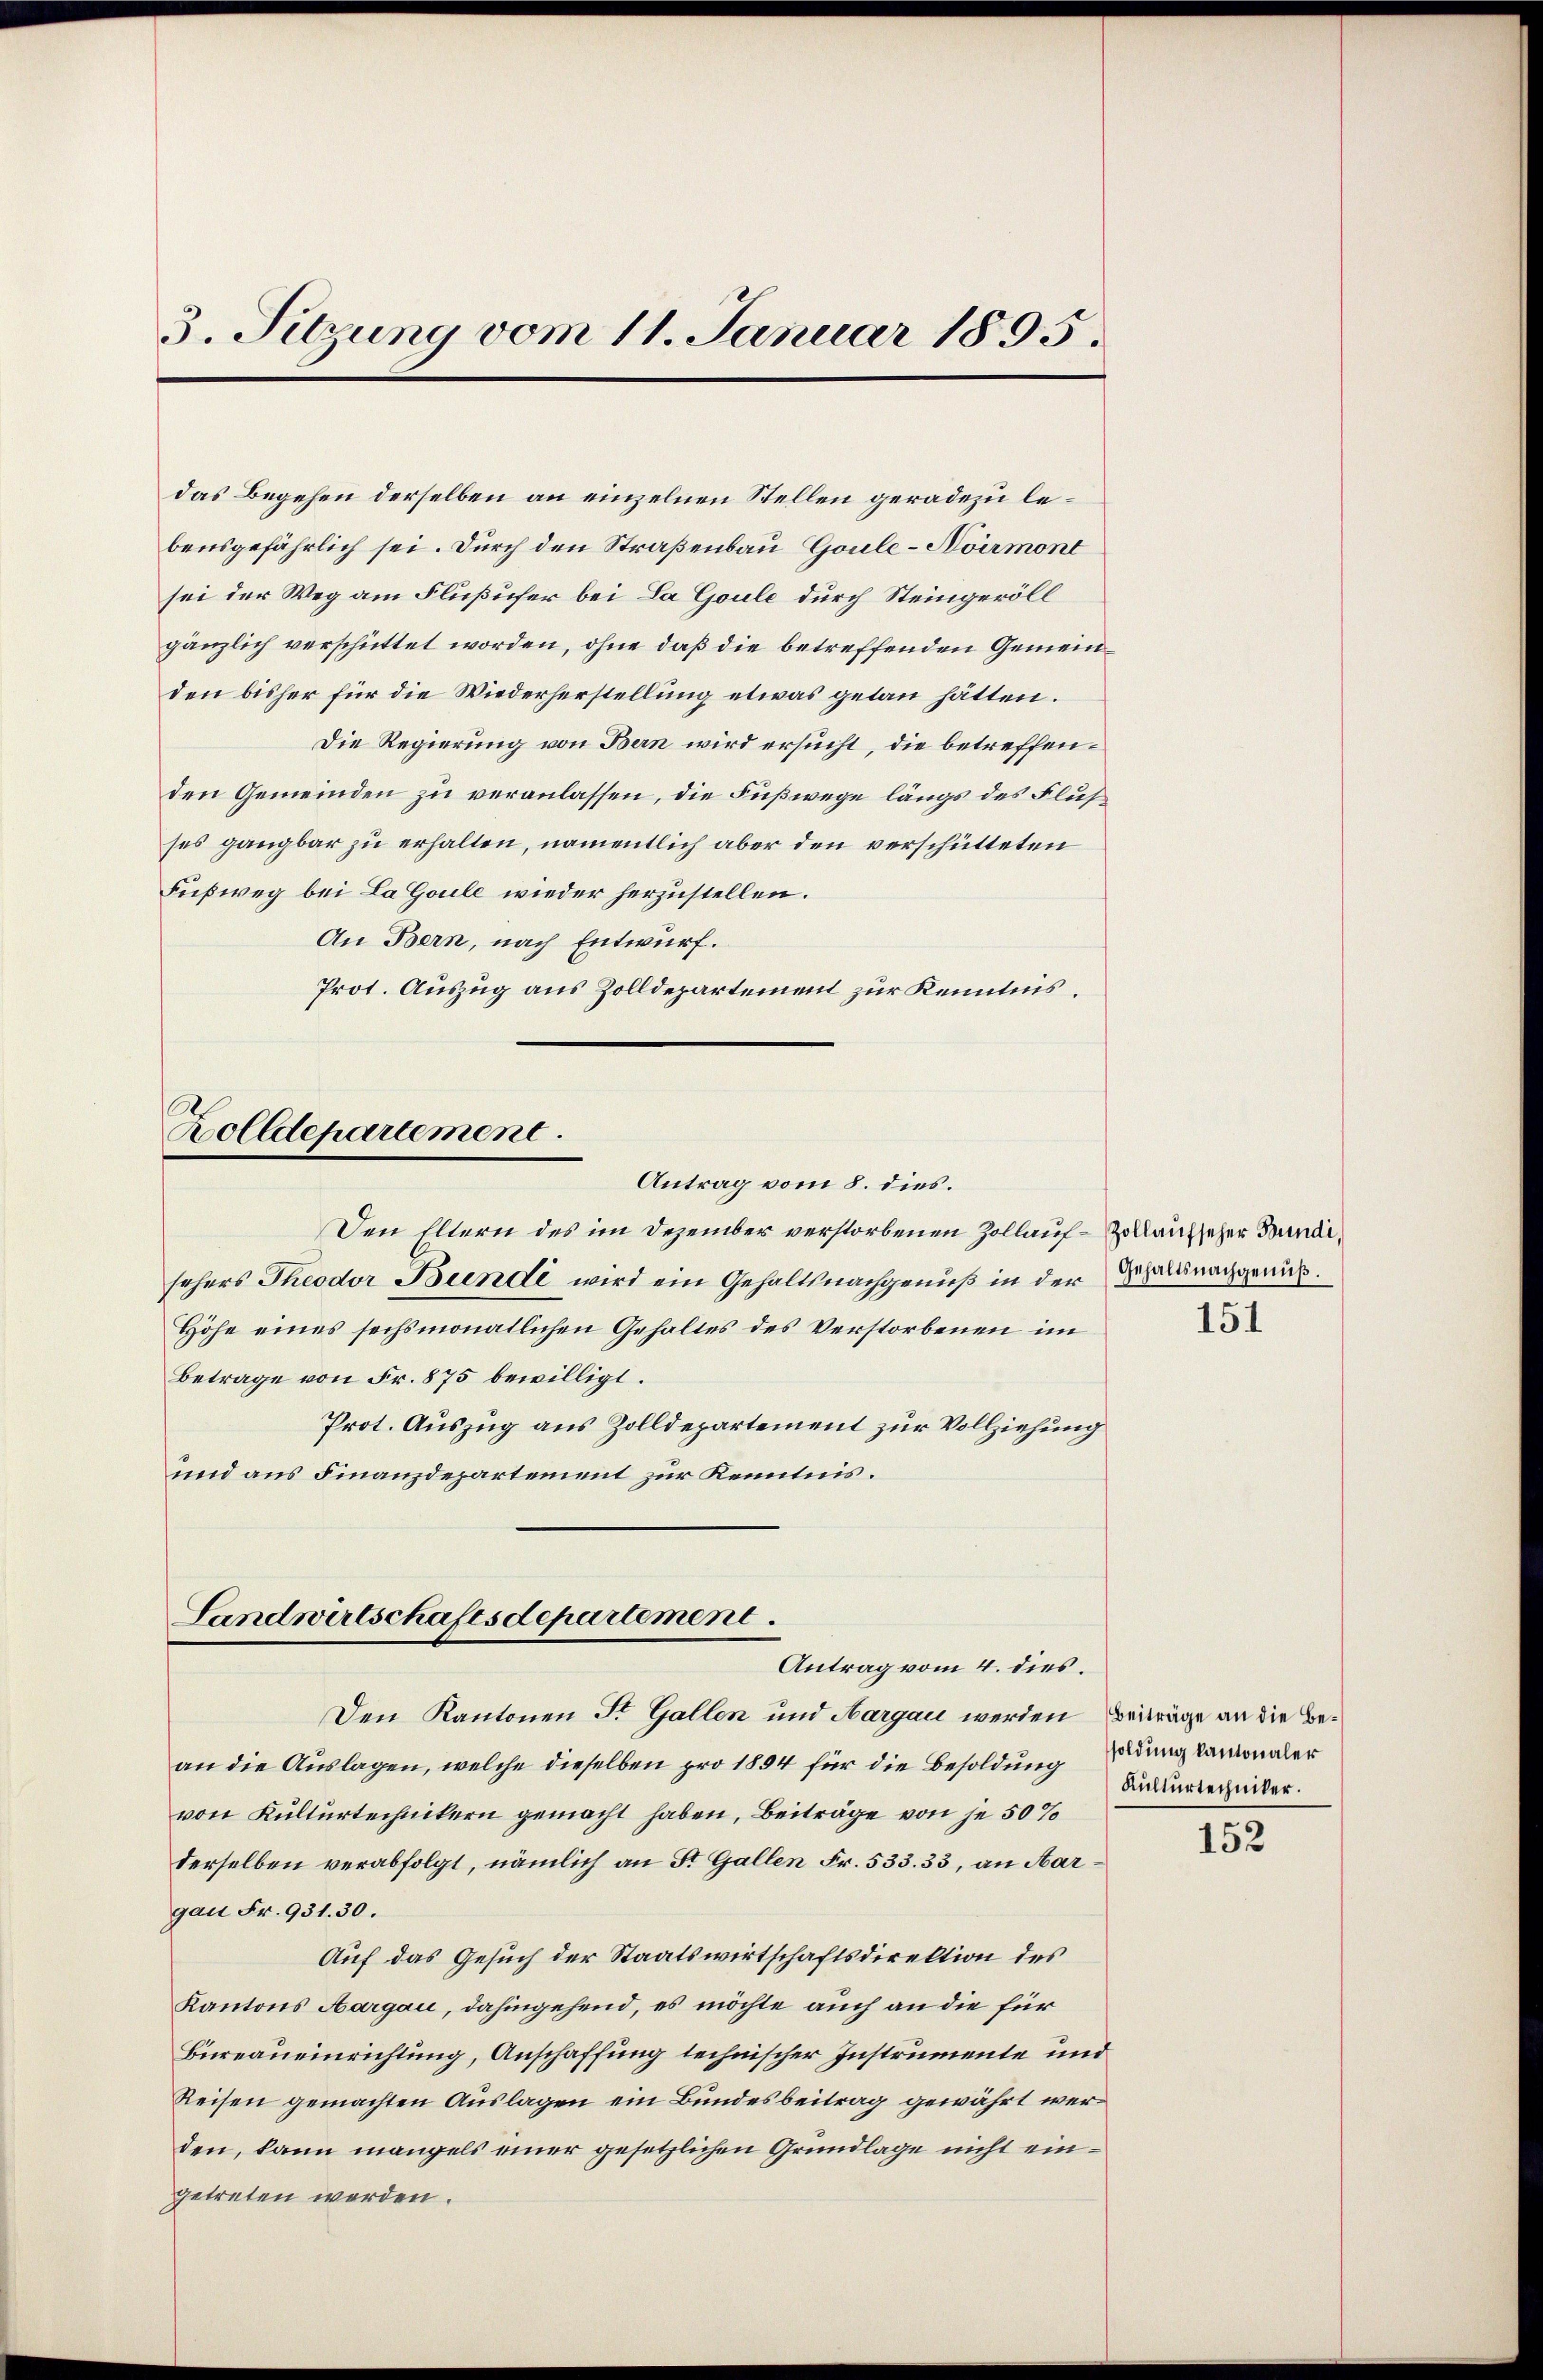
3. Sitzung vom 11. Januar 1895.

das Begehen derselben an einzelnen Stellen geradezu lebensgefährlich sei. Durch den Straßenbau Goule-Noirmont
sei der Weg am Flußufer bei La Goule durch Steingeröll
gänzlich verschüttet worden, ohne daß die betreffenden Gemeinden bisher für die Wiederherstellung etwas getan hätten.
Die Regierung von Bern wird ersucht, die betreffenden Gemeinden zu veranlassen, die Fußwege längs des Flus
ses gangbar zu erhalten, namentlich aber den verschütteten
Fußweg bei La Goule wieder herzustellen.
An Bern, nach Entwurf.
Prot. Auszug aus Zolldepartement zur Kenntnis.

Zolldepartement.
Antrag vom 8. dies.

Den Eltern des im Dezember verstorbenen Zollauf-Zollaufseher Bundischers Theodor Bunde wird ein Gehaltsnachgenuß in der Ertraggenus.
Höhe eines sechsmonatlichen Gehaltes des Verstorbenen im
Betrage von Fr. 875 bewilligt.
Prot. Auszug aus Zolldepartement zur Vollziehung
und aus Finanzdepartement zur Kenntnis.

Landwirtschaftsdepartement.
Antrag vom 4. dies.

Den Kantonen St. Gallen und Aargau werden Beiträge an die Bean die Auslagen, welche dieselben pro 1894 für die Besoldung
von Kulturtechnikern gemacht haben, Beiträge von je 50%
derselben verabfolgt, nämlich an St. Gallen Fr. 533. 33, an Aargau Fr. 931. 30.
Auf das Gesuch der Staatswirtschaftsdirektion des
Kantons Aargau, dahingehend, es möchte auch an die für
Bureaueinrichtung, Anschaffung technischer Instrumente und
Reisen gemachten Auslagen ein Bundesbeitrag gewährt werden, kann mangels einer gesetzlichen Grundlage nicht eingetreten werden.

151

soldung kantonaler
Kulturtechniker.

152